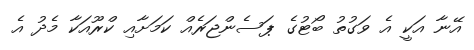
އޭނާ އަކީ އެ ވަގުތު ބޯޓުގެ ޕަސެންޖަރެއް ކަމަށާއި ކްރޫއަކާ މެދު އެ